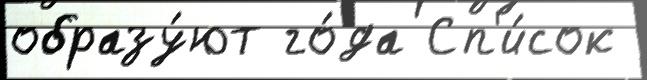
образу́ют го́да Сп'и́сок